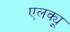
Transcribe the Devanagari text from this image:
एलक्यू